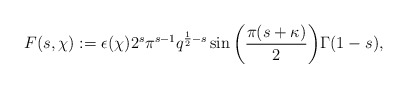
\begin{align*} F(s,\chi) := \epsilon(\chi)2^s\pi^{s-1}q^{\frac{1}{2}-s}\sin{\left(\frac{\pi(s+\kappa)}{2}\right)}\Gamma(1-s),\end{align*}